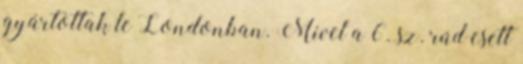
gyártottak le Londonban. Mivel a 6. sz. rúd esett